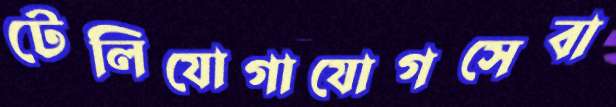
টেলিযোগাযোগসেবা